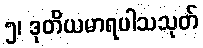
၅၊ ဒုတိယမာရပါသသုတ်